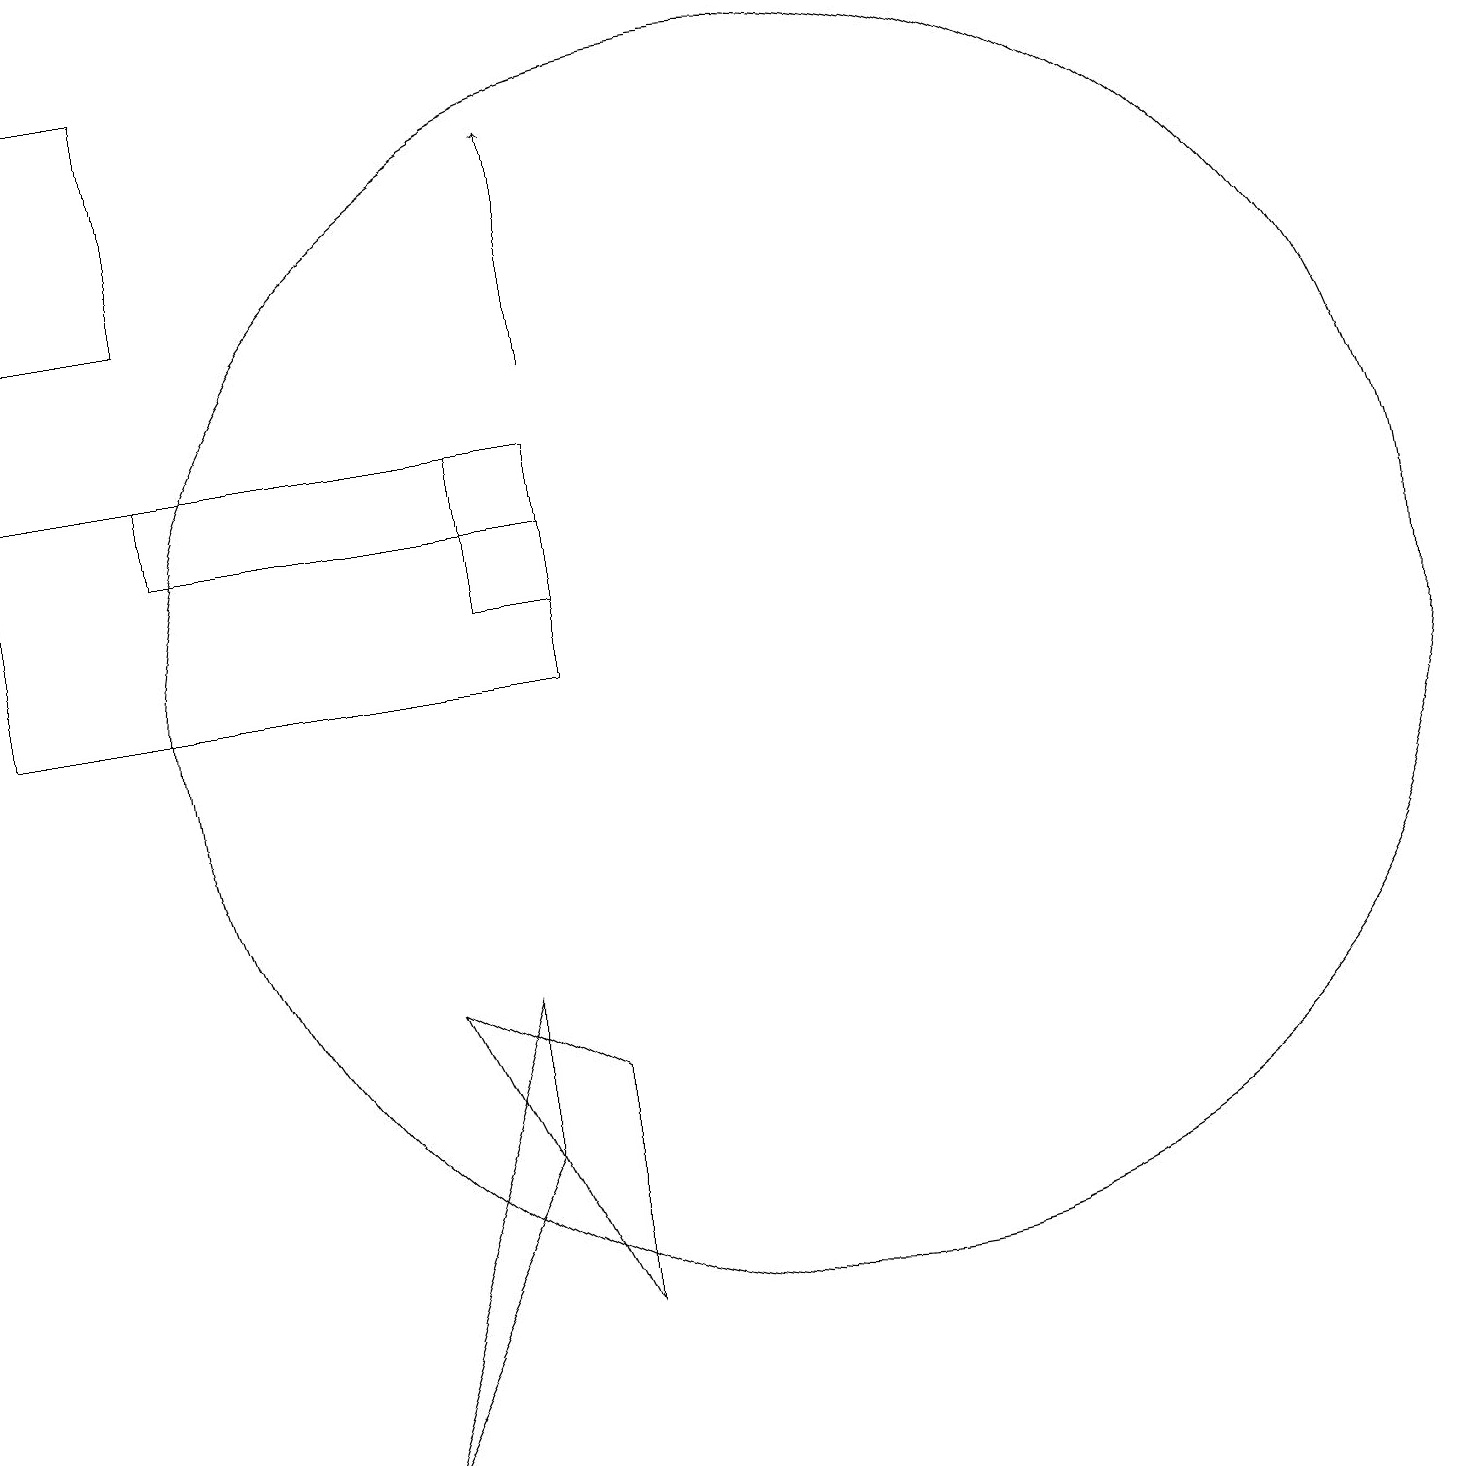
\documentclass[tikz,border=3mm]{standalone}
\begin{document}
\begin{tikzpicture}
\draw (10,10) circle (8);
\draw[->] (7,14) -- (7,17);
\draw (6,11) rectangle (7,12);
\draw (7,13) rectangle (0,10);
\draw (5,6) -- (7,5) -- (7,2) -- cycle;
\draw (0,15) rectangle (2,18);
\draw (2,12) rectangle (6,13);
\draw (6,6) -- (4,0) -- (6,4) -- cycle;
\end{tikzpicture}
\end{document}